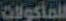
المأكولات